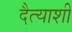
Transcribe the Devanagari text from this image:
दैत्याशी